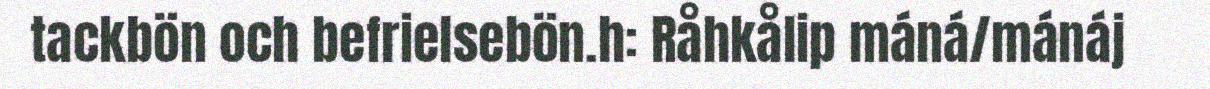
tackbön och befrielsebön.h: Råhkålip máná/mánáj